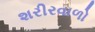
શરીરવાળો